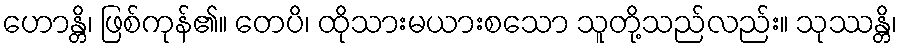
ဟောန္တိ၊ ဖြစ်ကုန်၏။ တေပိ၊ ထိုသားမယားစသော သူတို့သည်လည်း။ သုဿန္တိ၊